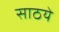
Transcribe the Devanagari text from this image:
साठये